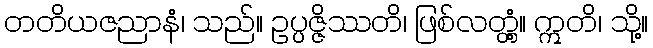
တတိယဇညာနံ၊ သည်။ ဥပ္ပဇ္ဇိဿတိ၊ ဖြစ်လတ္တံ့။ ဣတိ၊ သို့။